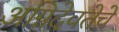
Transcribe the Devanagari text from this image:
अग्निदेवतेचे